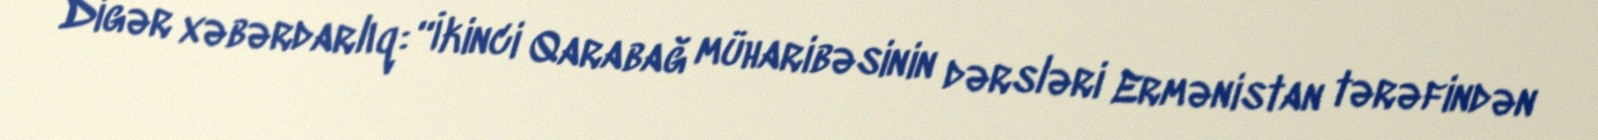
Digər xəbərdarlıq: “İkinci Qarabağ müharibəsinin dərsləri Ermənistan tərəfindən